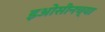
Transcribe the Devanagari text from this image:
इओसीनच्या